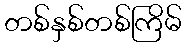
တစ်နှစ်တစ်ကြိမ်